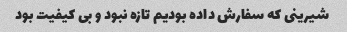
شیرینی که سفارش داده بودیم تازه نبود و بی کیفیت بود